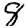
Digit: 8